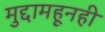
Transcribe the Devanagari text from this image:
मुद्दामहूनही